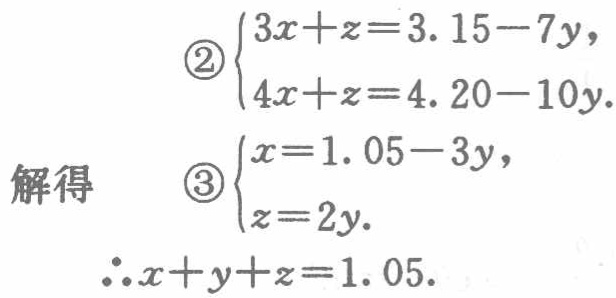
\(

\begin{align}

\textcircled{2}

\begin{cases}

3x + z = 3.15 - 7y,\\

4x + z = 4.20 - 10y.

\end{cases}\\

\text{解得} \quad

\textcircled{3}

\begin{cases}

x = 1.05 - 3y,\\

z = 2y.

\end{cases}\\

\therefore x + y+z = 1.05.

\end{align}

\)